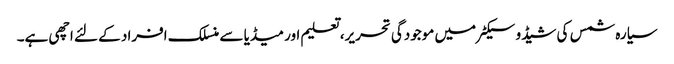
سیارہ شمس کی شیڈو سیکٹر میں موجودگی تحریر، تعلیم اور میڈیا سے منسلک افراد کے لئے اچھی ہے۔